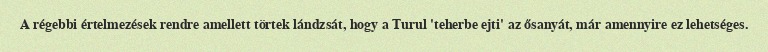
A régebbi értelmezések rendre amellett törtek lándzsát, hogy a Turul 'teherbe ejti' az ősanyát, már amennyire ez lehetséges.